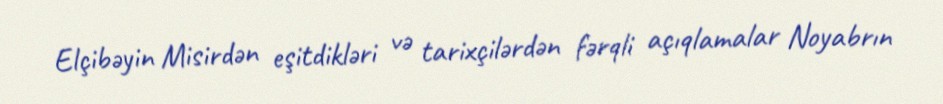
Elçibəyin Misirdən eşitdikləri və tarixçilərdən fərqli açıqlamalar Noyabrın